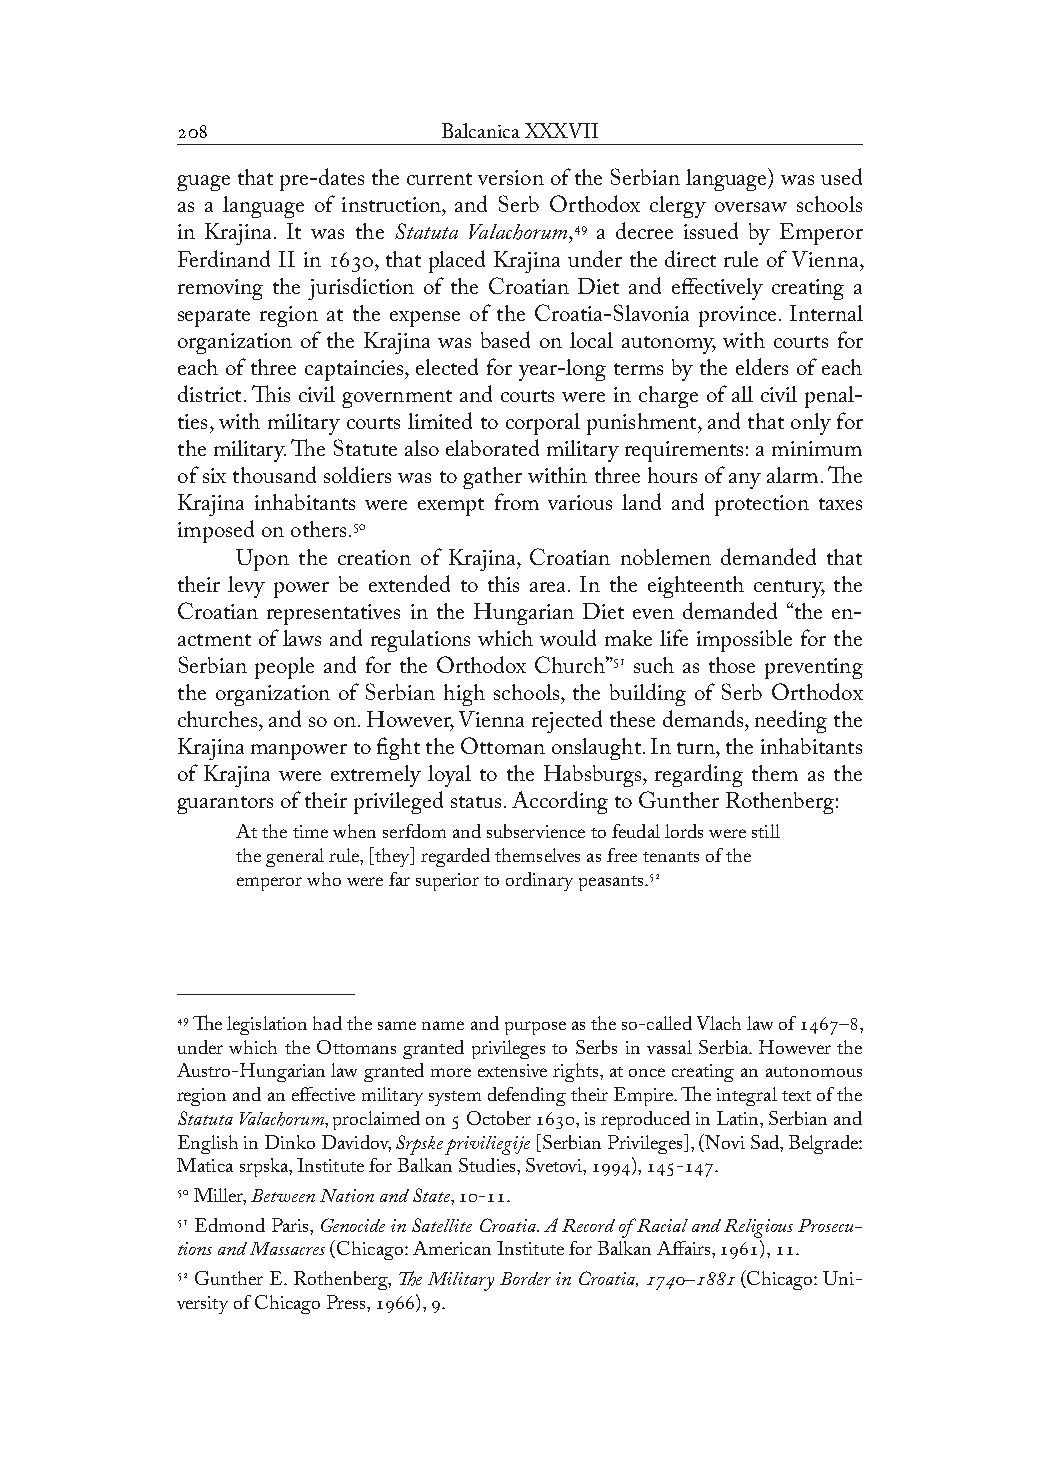
              Balcanica XXXVII
 guage that pre-dates the current version of the Serbian language) was used
 as a language of instruction, and Serb Orthodox clergy oversaw schools
 in Krajina. It was the Statuta Valachorum, a decree issued by Emperor
 Ferdinand II in , that placed Krajina under the direct rule of Vienna,
 removing the jurisdiction of the Croatian Diet and effectively creating a
 separate region at the expense of the Croatia-Slavonia province. Internal
 organization of the Krajina was based on local autonomy, with courts for
 each of three captaincies, elected for year-long terms by the elders of each
 district. This civil government and courts were in charge of all civil penal-
 ties, with military courts limited to corporal punishment, and that only for
 the military. The Statute also elaborated military requirements: a minimum
 of six thousand soldiers was to gather within three hours of any alarm. The
 Krajina inhabitants were exempt from various land and protection taxes
 imposed on others.
 Upon the creation of Krajina, Croatian noblemen demanded that
 their levy power be extended to this area. In the eighteenth century, the
 Croatian representatives in the Hungarian Diet even demanded “the en-
 actment of laws and regulations which would make life impossible for the
 Serbian people and for the Orthodox Church” such as those preventing
 the organization of Serbian high schools, the building of Serb Orthodox
 churches, and so on. However, Vienna rejected these demands, needing the
 Krajina manpower to fight the Ottoman onslaught. In turn, the inhabitants
 of Krajina were extremely loyal to the Habsburgs, regarding them as the
 guarantors of their privileged status. According to Gunther Rothenberg:
 At the time when serfdom and subservience to feudal lords were still
 the general rule, [they] regarded themselves as free tenants of the
 emperor who were far superior to ordinary peasants.
  The legislation had the same name and purpose as the so-called Vlach law of –,
 under which the Ottomans granted privileges to Serbs in vassal Serbia. However the
 Austro-Hungarian law granted more extensive rights, at once creating an autonomous
 region and an effective military system defending their Empire. The integral text of the
 Statuta Valachorum, proclaimed on  October , is reproduced in Latin, Serbian and
 English in Dinko Davidov, Srpske priviliegije [Serbian Privileges], (Novi Sad, Belgrade:
 Matica srpska, Institute for Balkan Studies, Svetovi, ), -.
  Miller, Between Nation and State, -.
  Edmond Paris, Genocide in Satellite Croatia. A Record of Racial and Religious Prosecu-
 tions and Massacres (Chicago: American Institute for Balkan Affairs, ), .
  Gunther E. Rothenberg, The Military Border in Croatia, – (Chicago: Uni-
 versity of Chicago Press, ), .